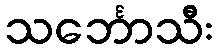
သင်္ဘောသီး